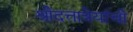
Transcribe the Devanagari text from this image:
श्रीदत्तात्रेयांची